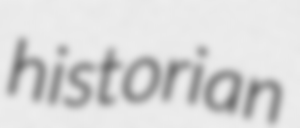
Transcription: historian